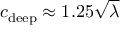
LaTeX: c _ { \mathrm { d e e p } } \approx 1 . 2 5 { \sqrt { \lambda } }